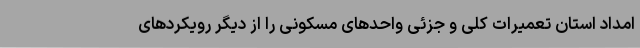
امداد استان تعمیرات کلی و جزئی واحدهای مسکونی را از دیگر رویکردهای